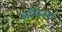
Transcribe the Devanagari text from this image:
असिऊत